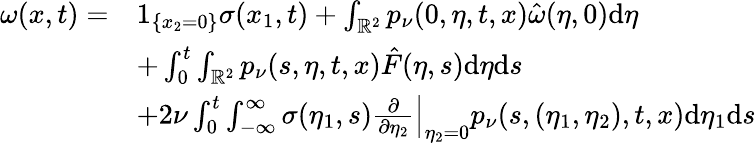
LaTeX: \begin{array}{rl}{\omega(x,t)=}&{1_{\{ x_{2}=0\} }\sigma(x_{1},t)+\int_{\mathbb{R}^{2}}p_{\nu}(0,\eta,t,x)\hat{\omega}(\eta,0)\mathrm{d}\eta}\\ &{+\int_{0}^{t}\int_{\mathbb{R}^{2}}p_{\nu}(s,\eta,t,x)\hat{F}(\eta,s)\mathrm{d}\eta\mathrm{d}s}\\ &{+2\nu\int_{0}^{t}\int_{-\infty}^{\infty}\sigma(\eta_{1},s)\left.\frac{\partial}{\partial\eta_{2}}\right|_{\eta_{2}=0}p_{\nu}(s,(\eta_{1},\eta_{2}),t,x)\mathrm{d}\eta_{1}\mathrm{d}s}\end{array}